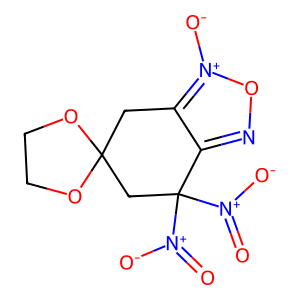
SMILES: O=[N+]([O-])C1([N+](=O)[O-])CC2(Cc3c1no[n+]3[O-])OCCO2
Inhibits HIV replication: No